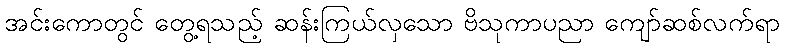
အင်းကောတွင် တွေ့ရသည့် ဆန်းကြယ်လှသော ဗိသုကာပညာ ကျော်ဆစ်လက်ရာ